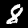
Digit: 8